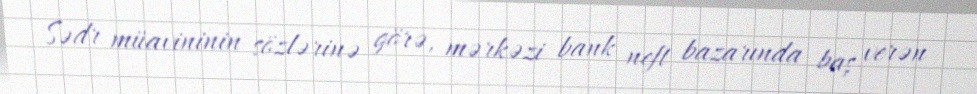
Sədr müavininin sözlərinə görə, mərkəzi bank neft bazarında baş verən